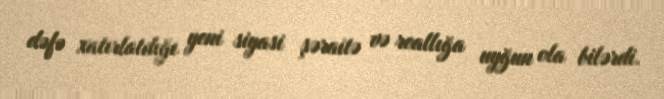
dəfə xatırlatdığı yeni siyasi şəraitə və reallığa uyğun ola bilərdi.